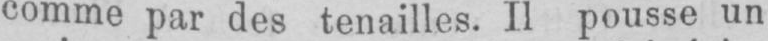
comme par des tenailles. Il pousse un